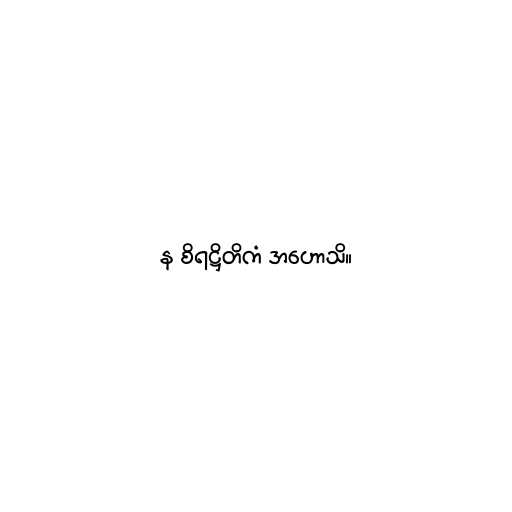
န စိရဋ္ဌိတိကံ အဟောသိ။